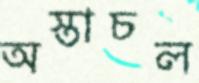
অস্তাচল